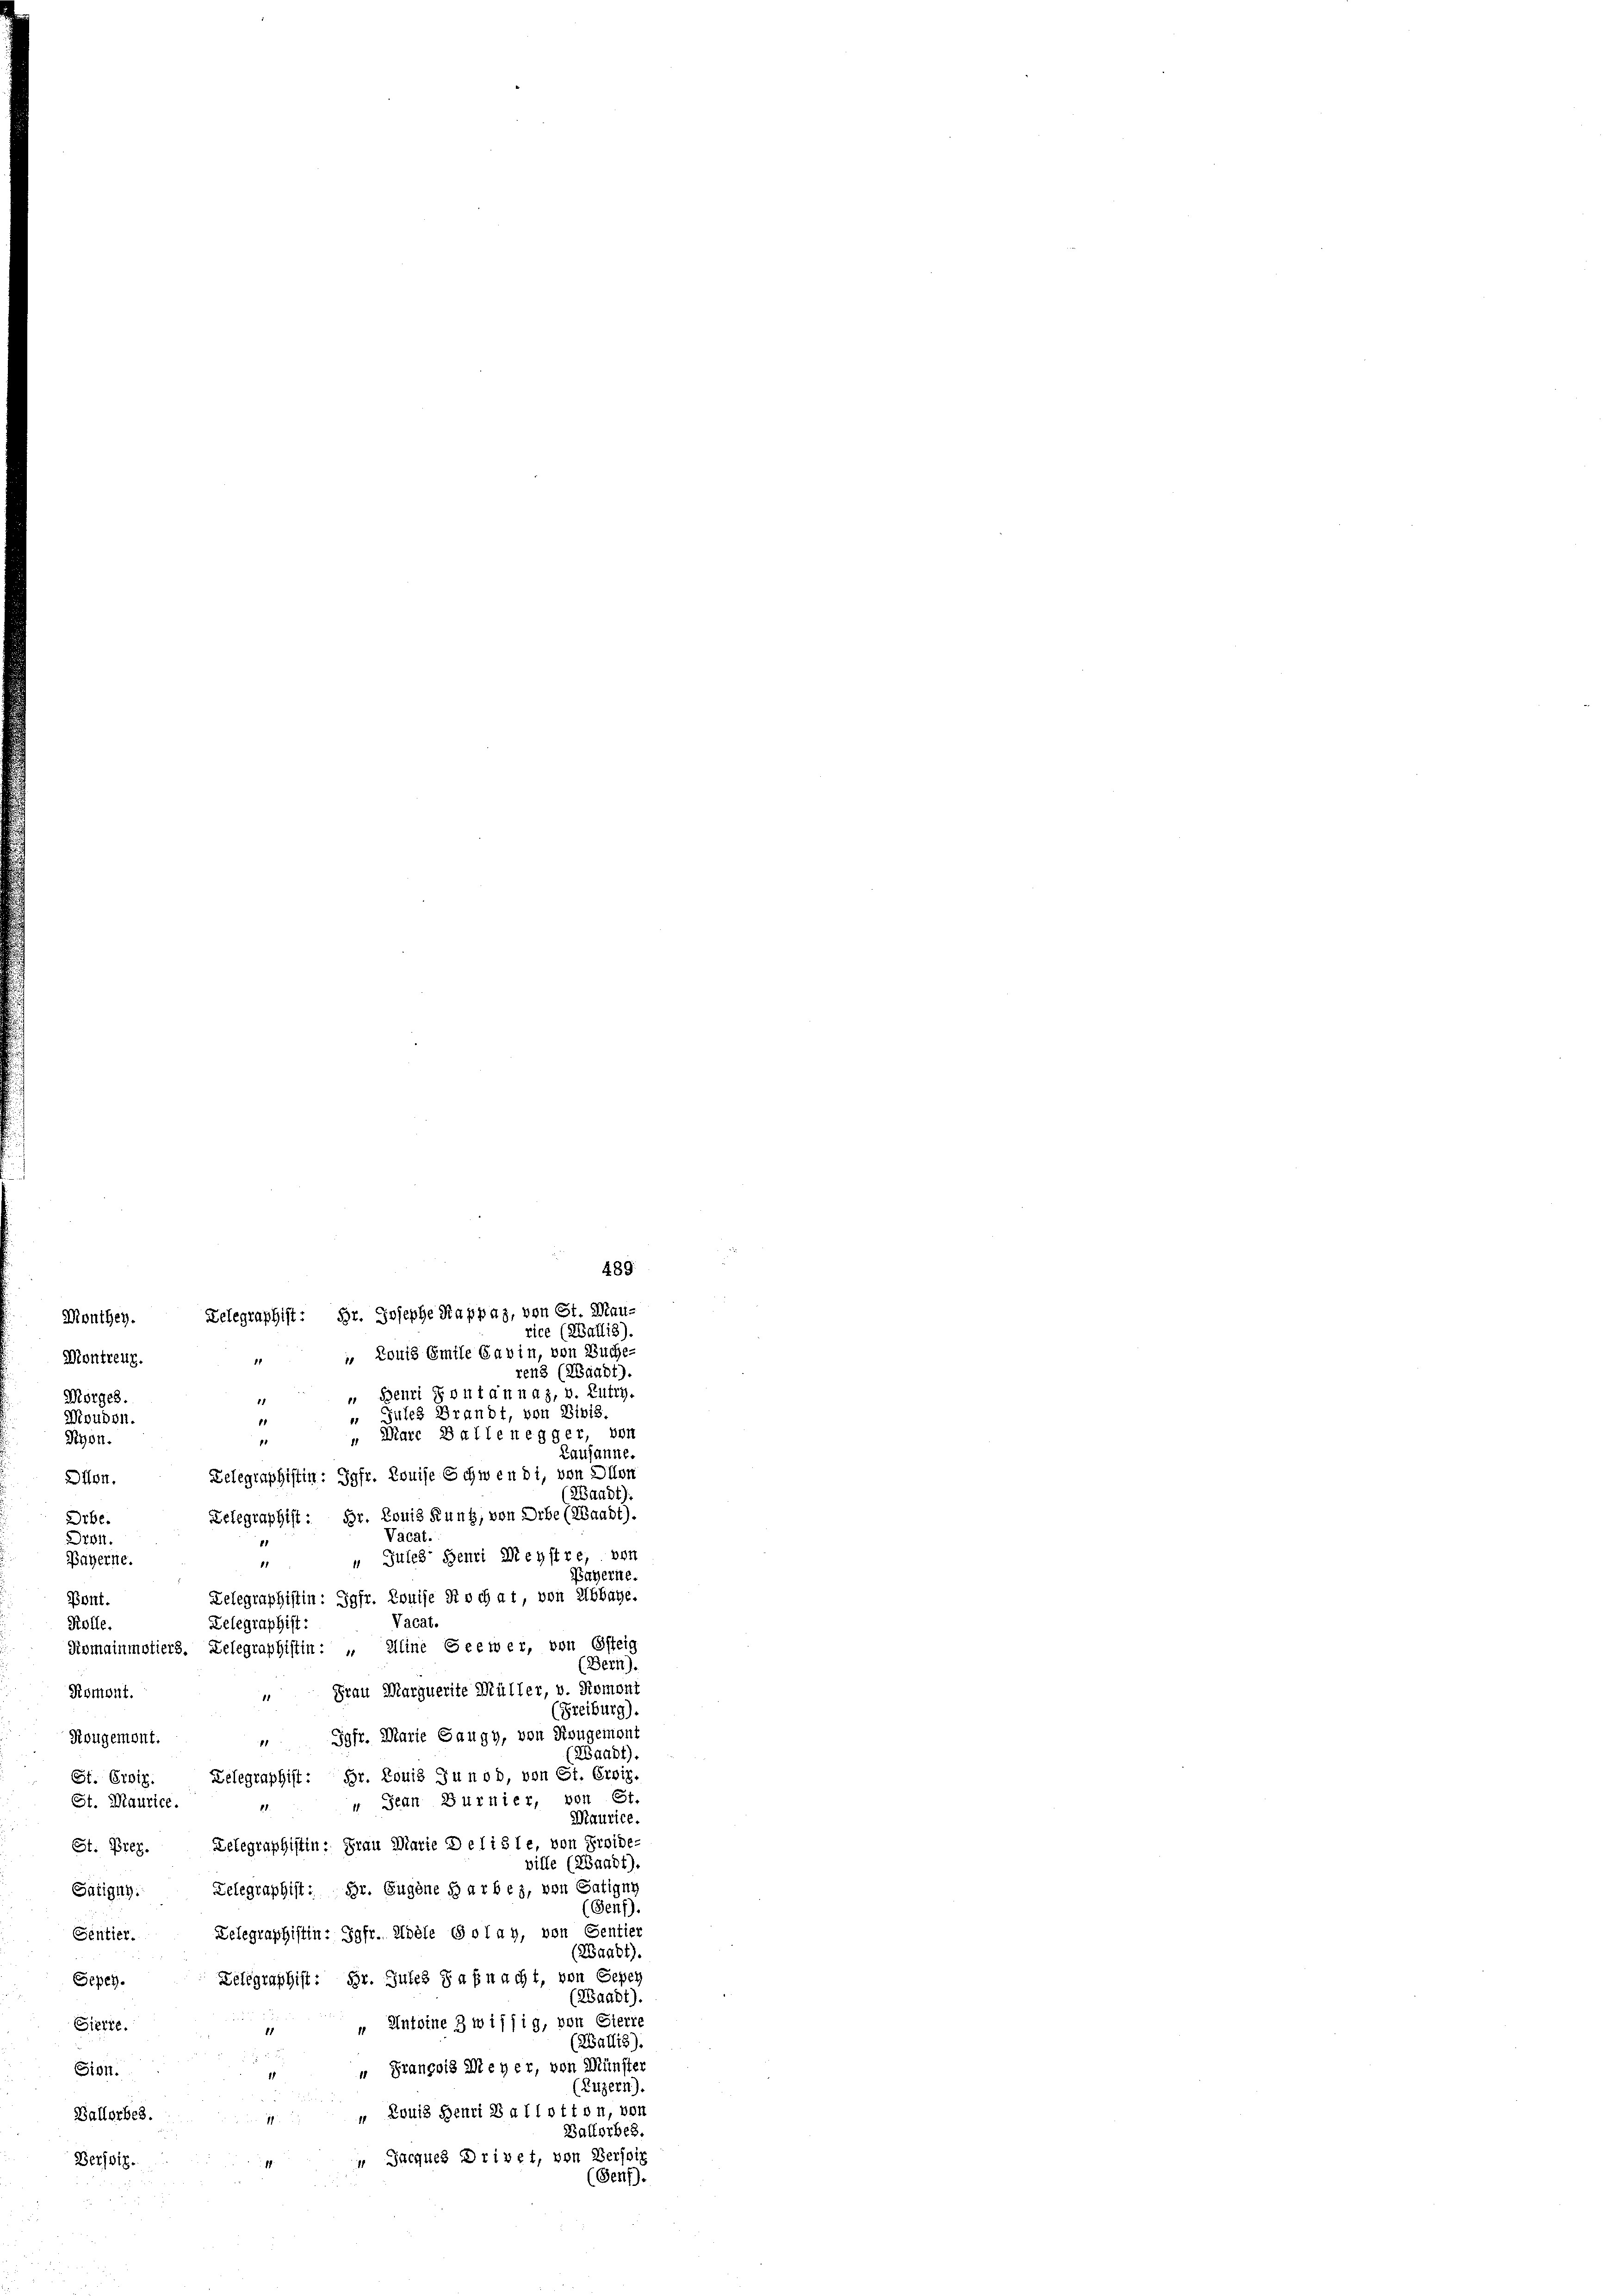
489.
rice (Wallis).
Montreuz.
ren8 (Waadt).
 Benri sont annaz, v. Lutry.
Morges.
 Jules Brandt, von Divis.
Wouben.
11
 Ware Ballenegger, von
Pyon.
1
Lausanne.
Telegraphistin: Jgfr. Louise schwendi, von Dion
Dion.
(Waadt).
Telegraphist: Hr. Louis Runk, von Orbe (Waadt).
Orbe.
Vacat.
Dron.
 „ Jules Henri Meystre, von
Bayerne.
Bayerne.
Delegraphistin: Jgfr. Louise Koch at, von Abbaye.
Pont.
Vacat.
Delegraphist:
Kolle.
Romainmotiers. Telegraphistin : „ Aline Geewer, von Esteig
(Bern).
 Frau Marquerite Müller, v. Romont
Romont.
(Freiburg).
 Jgfr. Marie Saugy, von Rougemont
Rougemont.
(Waadt).
Br. Louis Junod, von St. Ersiz.
St. Erbig.
Telegraphist:
w Jean Burnier, von St.
St. Maurice.
1.
Maurice.
Telegraphistin: Frau Marie Deli sie, von Froide-
St. Prez.
ville (ZBaabt).
Sätigny. Telegraphist: Dr. Gugöne Garbey, von Satigny
(Genf).
Telegraphistin: Jgfr. Hoele Golay, von Sentier
Sentier.
(Zaabt).
Telegraphist: Hr. Gutes daß nacht, von Gegen
Sepeh.
(Waadt).
" Antoine 3 wissig, von Sierre
Sierte.
(Wallis).
" François Meyer, von Münster
Sion.
(Luzern).
" Louis Henri Ballotton, von
Ballorbes.
Balforbes.
 Jacques Drivet, von Verseit
Berjoiz.
(Genf).

Monthey. Delegraphist: Hr. Josephe Kappaz, von St. Mau¬
 " Louis Emile Savin, von Buche-